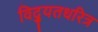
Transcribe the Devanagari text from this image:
विद्युतधरित्र